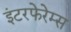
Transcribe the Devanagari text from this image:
इंटरफेरेम्स